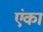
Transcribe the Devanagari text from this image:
एंका